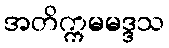
အတိက္ကမမဒ္ဒသ